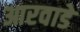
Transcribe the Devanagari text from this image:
आरवाडे